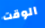
الوقت